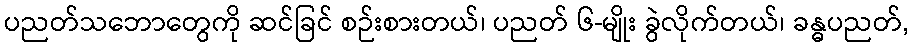
ပညတ်သဘောတွေကို ဆင်ခြင် စဉ်းစားတယ်၊ ပညတ် ၆-မျိုး ခွဲလိုက်တယ်၊ ခန္ဓပညတ်,